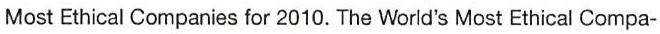
Most Ethical Companies for 2010. The World's Most Ethical Compa-